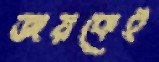
জয়কেই